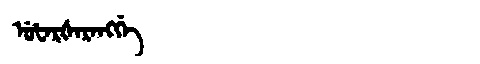
Manchu: ᡠᡶᠠᡵᡧᠠᡵᠠᠩᡤᡝ
Romanization: UFARŠARANGGE